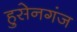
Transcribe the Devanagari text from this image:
हुसेनगंज